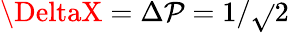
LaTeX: \DeltaX=\Delta\mathcal{P}=1/{\sqrt{}{{2}}}